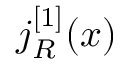
j _ { R } ^ { [ 1 ] } ( x )